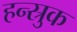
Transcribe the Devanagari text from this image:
हन्स्रुक